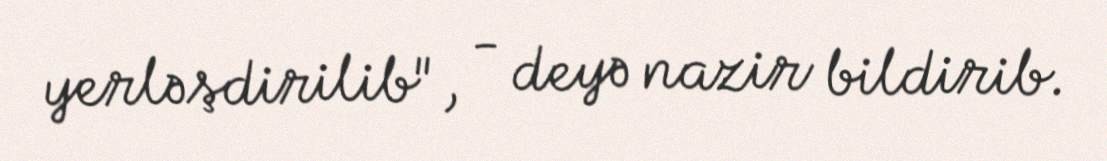
yerləşdirilib", - deyə nazir bildirib.